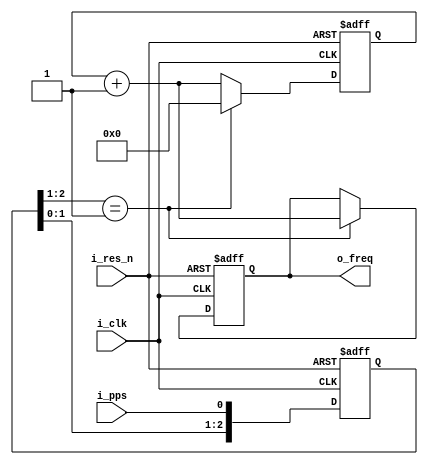
// This program was cloned from: https://github.com/kingyoPiyo/PPS-PhaseMonitor
// License: MIT License

module freq_counter (
    input   wire            i_clk,      // 100MHz
    input   wire            i_res_n,
    input   wire            i_pps,      // 1PPS signal from GPS
    output  wire    [27:0]  o_freq
    );


    // sync
    reg [2:0]   r_sync_ff;
    wire        w_pps_posedge = (r_sync_ff[2:1] == 2'b01);
    always @(posedge i_clk or negedge i_res_n) begin
        if (~i_res_n) begin
            r_sync_ff[2:0] <= 3'b000;
        end else begin
            r_sync_ff[2:0] <= {r_sync_ff[1:0], i_pps};
        end
    end


    reg [27:0]  r_cnt_100m;
    reg [27:0]  r_freq;
    always @(posedge i_clk or negedge i_res_n) begin
        if (~i_res_n) begin
            r_cnt_100m[27:0] <= 28'd0;
            r_freq[27:0] <= 28'd0;
        end else if (w_pps_posedge) begin
            r_cnt_100m[27:0] <= 28'd0;
            r_freq[27:0] <= r_cnt_100m[27:0] + 28'd1;
        end else begin
            r_cnt_100m[27:0] <= r_cnt_100m[27:0] + 28'd1;
        end
    end


    // phase_meas  o_ph_en 
    // 100MHz -> 50MHz 
    assign o_freq[27:0] = r_freq[27:0];

endmodule